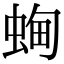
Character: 蜔